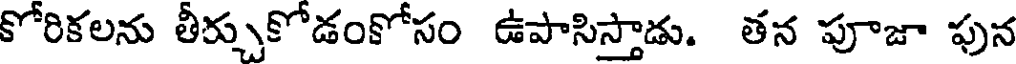
కోరికలను తీర్చుకోడంకోసం ఉపాసిస్తాడు. తన పూజా ఫున